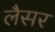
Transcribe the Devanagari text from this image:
लैसर